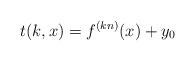
LaTeX: \begin{align*}t(k,x)=f^{(kn)}(x)+y_0\end{align*}